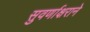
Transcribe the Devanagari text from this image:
सुवर्णाक्षराने